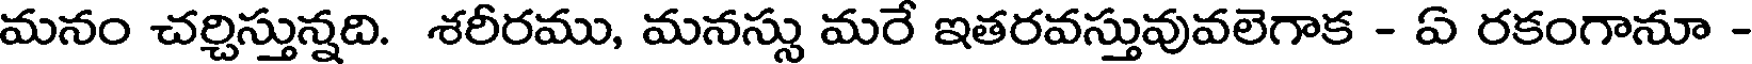
మనం చర్చిస్తున్నది. శరీరము, మనస్సు మరే ఇతరవస్తువువలెగాక - ఏ రకంగానూ -